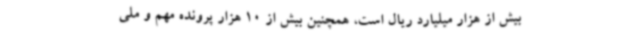
بیش از هزار میلیارد ریال است، همچنین بیش از 10 هزار پرونده مهم و ملی